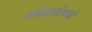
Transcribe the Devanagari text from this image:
गर्भशय्येमध्ये